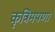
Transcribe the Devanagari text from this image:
कृत्रिमपणा